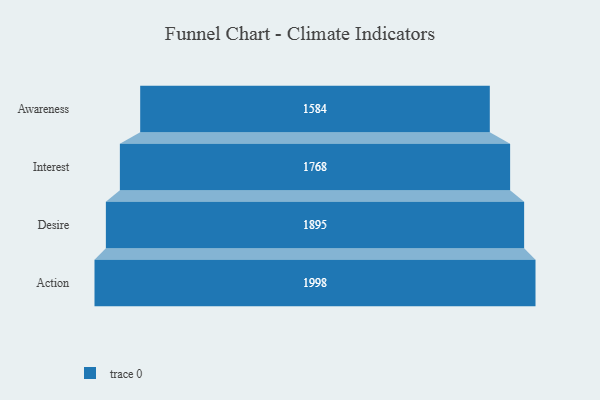
{"axis": {"x": "Stage", "y": "Value"}, "legend": [""], "data": [{"x": "Awareness", "y": 1584.0, "type": ""}, {"x": "Interest", "y": 1768.0, "type": ""}, {"x": "Desire", "y": 1895.0, "type": ""}, {"x": "Action", "y": 1998.0, "type": ""}]}